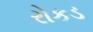
રોકડ